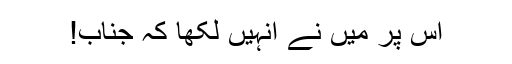
اس پر میں نے انہیں لکھا کہ جناب!